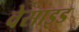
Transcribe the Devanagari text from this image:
वेसाइड